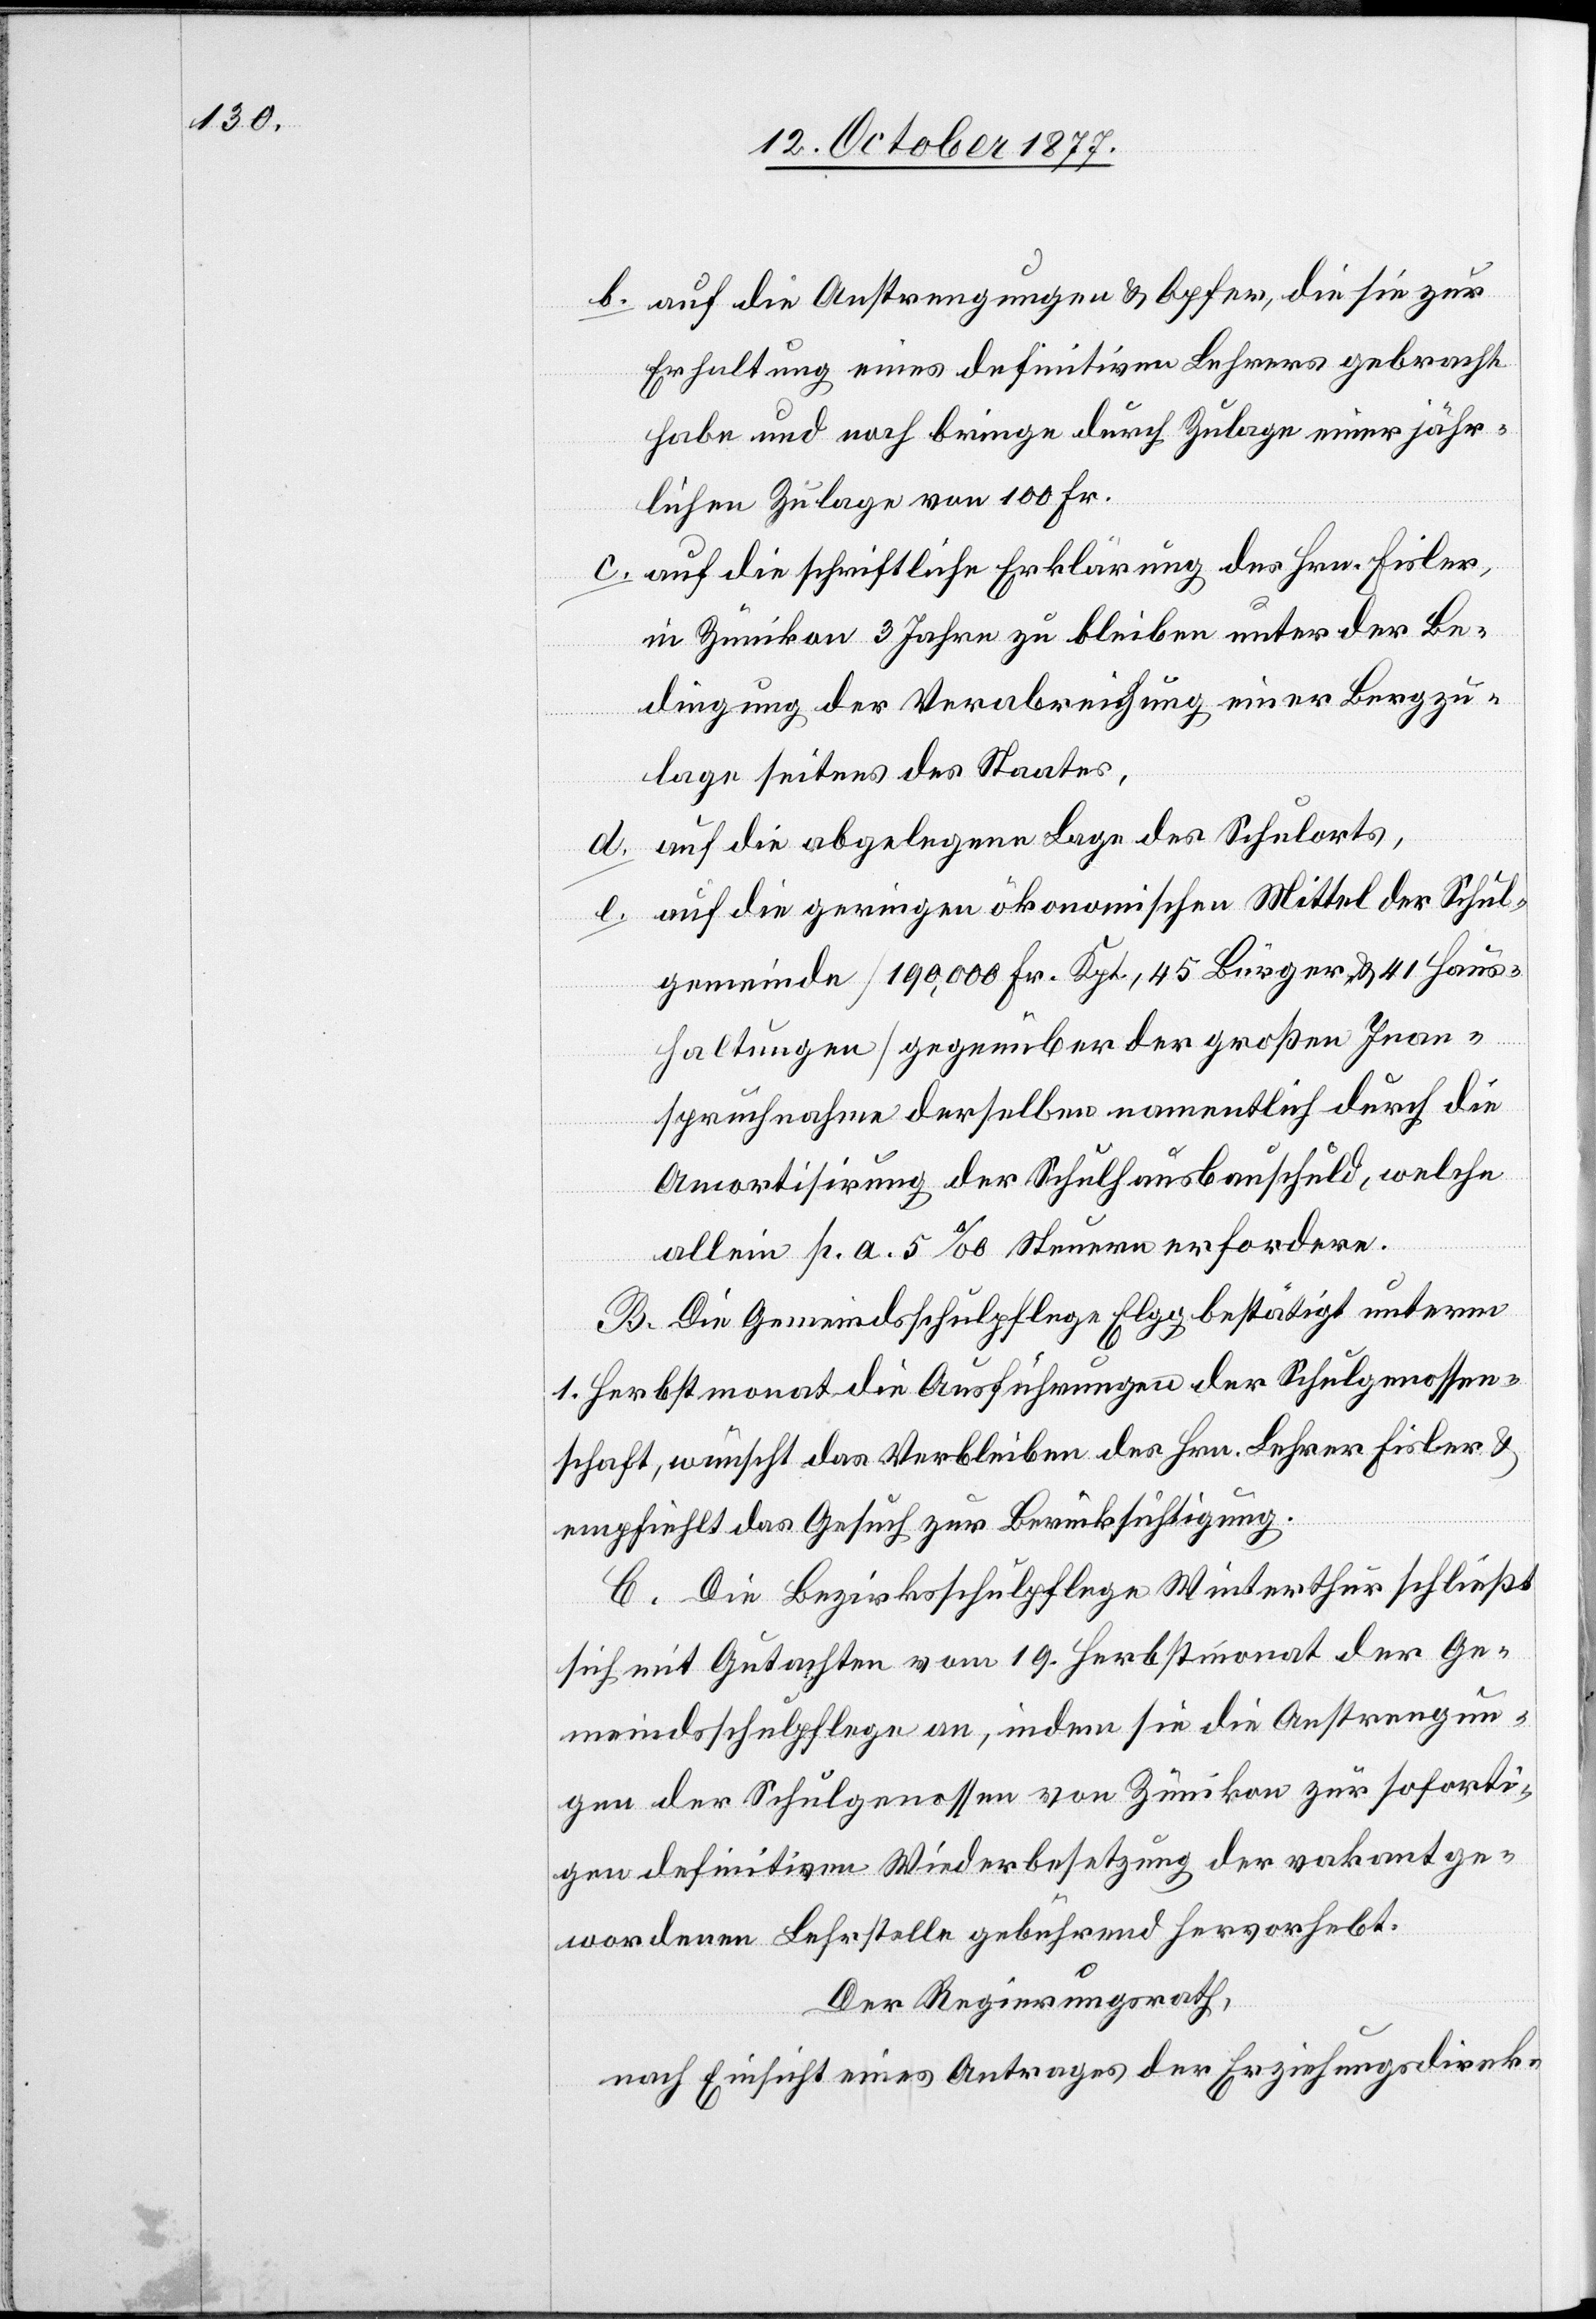
e.

auf die Anstrengungen & Opfer, die sie zur
Erhaltung eines definitiven Lehrers gebracht
habe und noch bringe durch Zulage einer jähr¬
lichen Zulage von 100 Fr.
auf die schriftliche Erklärung des Hrn. Fisler,
in Zünikon 3 Jahre zu bleiben unter der Be¬
dingung der Verabreichung einer Bergzu¬
lage seitens des Staates,
auf die abgelegene Lage des Schulorts,
auf die geringen ökonomischen Mittel der Schul¬
gemeinde [190,000 Fr. Kpt., 45 Bürger & 41 Haus¬
haltungen] gegenüber der großen Inan¬
spruchnahme derselben namentlich durch die
Amortisirung der Schulhausbauschuld, welche
allein p. a. 5‰ Steuern erfordere.
B. Die Gemeindsschulpflege Elgg bestätigt unterm
1. Herbstmonat die Ausführungen der Schulgenossen¬
schaft, wünscht das Verbleiben des Hrn. Lehrer Fisler &
empfiehlt das Gesuch zur Berücksichtigung.
C. Die Bezirksschulpflege Winterthur schließt
sich mit Gutachten vom 19. Herbstmonat der Ge¬
meindsschulpflege an, indem sie die Anstrengun¬
gen der Schulgenossen von Zünikon zur soforti¬
gen definitiven Wiederbesetzung der vakant ge¬
wordenen Lehrstelle gebührend hervorhebt.
Der Regierungsrath,
nach Einsicht eines Antrages der Erziehungsdirek-